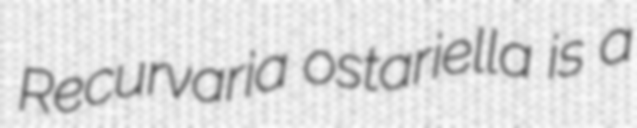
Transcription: Recurvaria ostariella is a